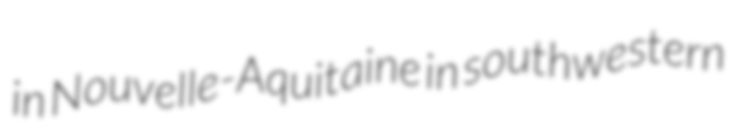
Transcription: in Nouvelle-Aquitaine in southwestern